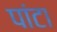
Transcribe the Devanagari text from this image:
पांटा